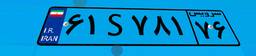
۶۱S۷۸۱۷۶